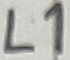
Text: L1